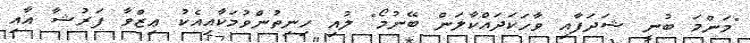
"މަންމަ ބުނީ ޝަދަފާއި ވާހަކަދައްކާލަން ބޭނުމޯ" ލުއި ހިނިތުންވުމަކާއިއެކު ޢިޒްވާ ފަރުޝާ އާއި